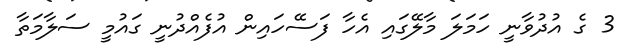
3 ގެ އުދުވާނީ ހަމަލަ މާލޭގައި އެހާ ފަސޭހައިން އުފެއްދުނީ ގައުމީ ސަލާމަތާ